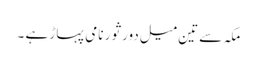
مکہ سے تین میل دور ثور نامی پہاڑ ہے ۔